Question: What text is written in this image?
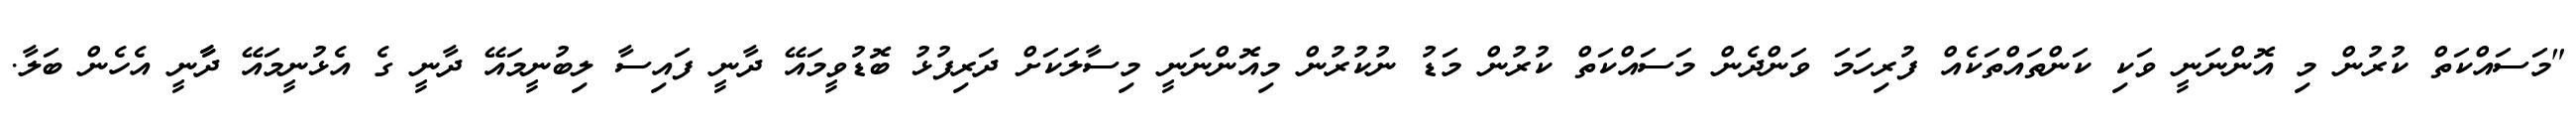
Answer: "މަސައްކަތް ކުރުން މި އޮންނަނީ ވަކި ކަންތައްތަކެއް ފުރިހަމަ ވަންދެން މަސައްކަތް ކުރުން މަޑު ނުކުރުން މިއޮންނަނީ މިސާލަކަށް ދަރިފުޅު ބޮޑުވީމައޭ ދާނީ ފައިސާ ލިބުނީމައޭ ދާނީ ގެ އެޅުނީމައޭ ދާާނީ އެހެން ބަލާ.